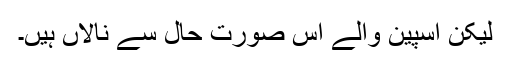
لیکن اسپین والے اس صورت حال سے نالاں ہیں۔